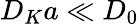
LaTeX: D_{K}a\ll D_{0}